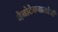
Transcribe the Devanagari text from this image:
नैनोटेक्नालोजी